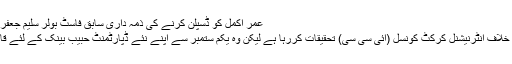
عمر اکمل کو ڈسپلن کرنے کی ذمہ داری سابق فاسٹ بولر سلیم جعفر نے لے لی – روزنامہ میٹروواچ
مڈل آرڈر بلے باز عمر اکمل کے خلاف انٹرنیشنل کرکٹ کونسل (آئی سی سی) تحقیقات کررہا ہے لیکن وہ یکم ستمبر سے اپنے نئے ڈپارٹمنٹ حبیب بینک کے لئے قائد اعظم ٹرافی میں حصہ لیں گے۔